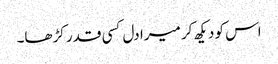
اس کو دیکھ کر میرا دل کسی قدر کڑھا۔